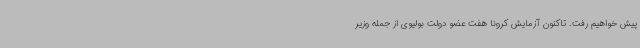
پیش خواهیم رفت. تاکنون آزمایش کرونا هفت عضو دولت بولیوی از جمله وزیر